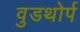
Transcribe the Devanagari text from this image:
वुडथोर्प